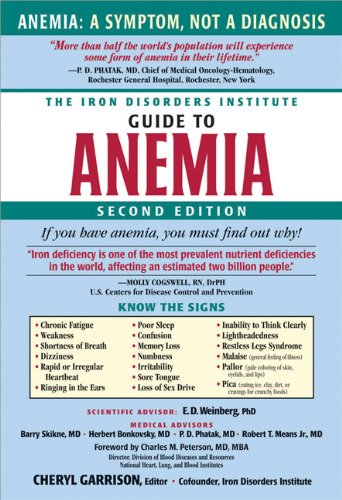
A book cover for The Iron Disorders Institute Guide to Anemia; Cheryl Garrison; Health, Fitness & Dieting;